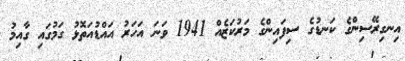
އިނގިރޭސިންގެ ކަނޑުގެ ސިފައިންގެ މަރުކަޒެއް 1941 ވަނަ އަހަރު އައްޑުއަތޮޅު ގަމުގައި ގާއިމު